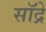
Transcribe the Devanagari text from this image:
सॉद्रे